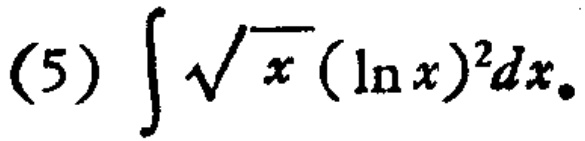
(5) \(\int\sqrt{x}(\ln x)^{2}dx\)